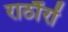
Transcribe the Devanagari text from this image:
राठौंरों